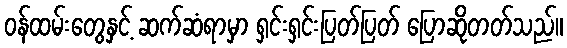
ဝန်ထမ်းတွေနှင့် ဆက်ဆံရာမှာ ရှင်းရှင်းပြတ်ပြတ် ပြောဆိုတတ်သည်။